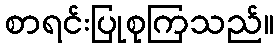
စာရင်းပြုစုကြသည်။